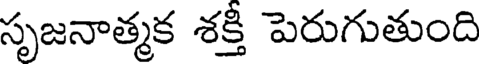
సృజనాత్మక శక్తి పెరుగుతుంది